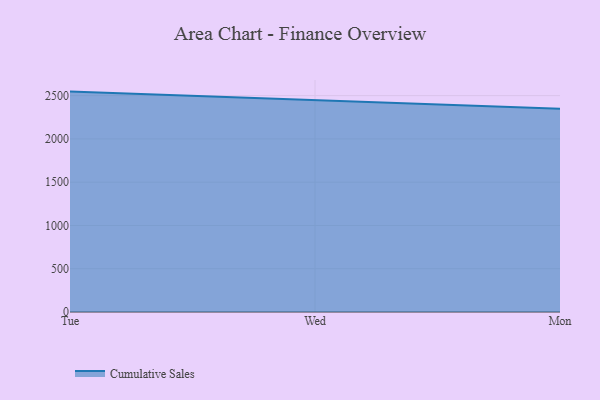
{"axis": {"x": "Day", "y": "Waste Production (Tons)"}, "legend": ["Cumulative Sales"], "data": [{"x": "Tue", "y": 2546.7, "type": "Cumulative Sales"}, {"x": "Wed", "y": 2445.1, "type": "Cumulative Sales"}, {"x": "Mon", "y": 2348.8, "type": "Cumulative Sales"}]}